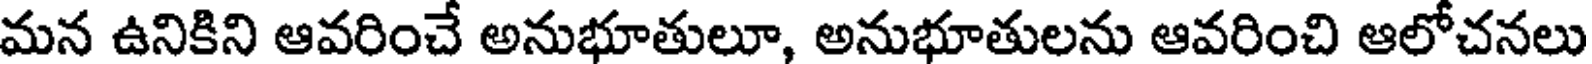
మన ఉనికిని ఆవరించే అనుభూతులూ, అనుభూతులను ఆవరించి ఆలోచనలు